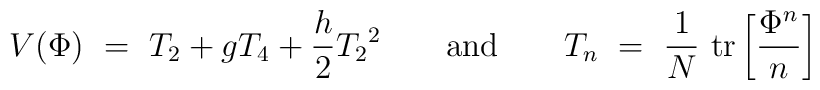
V(\Phi)\ =\ T_2 + g T_4 + {h \over 2} {T_2}^2\qquad\makebox{and}\qquad T_n\ =\ {1\over N}\ \makebox{tr} \left[ {\Phi^n \over n} \right]